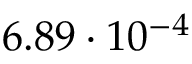
6 . 8 9 \cdot 1 0 ^ { - 4 }